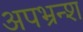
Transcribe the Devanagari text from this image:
अपभ्रन्‍श